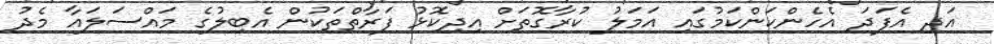
އަދި އެފަދަ އެހެންކަންކަމުގައި އަމަލު ކުރާގޮތަށް އިދިކޮޅު ފަރާތްތަކުން އެބިލުގެ މައްސަލައާ މެދު